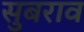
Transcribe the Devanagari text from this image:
सुबराव